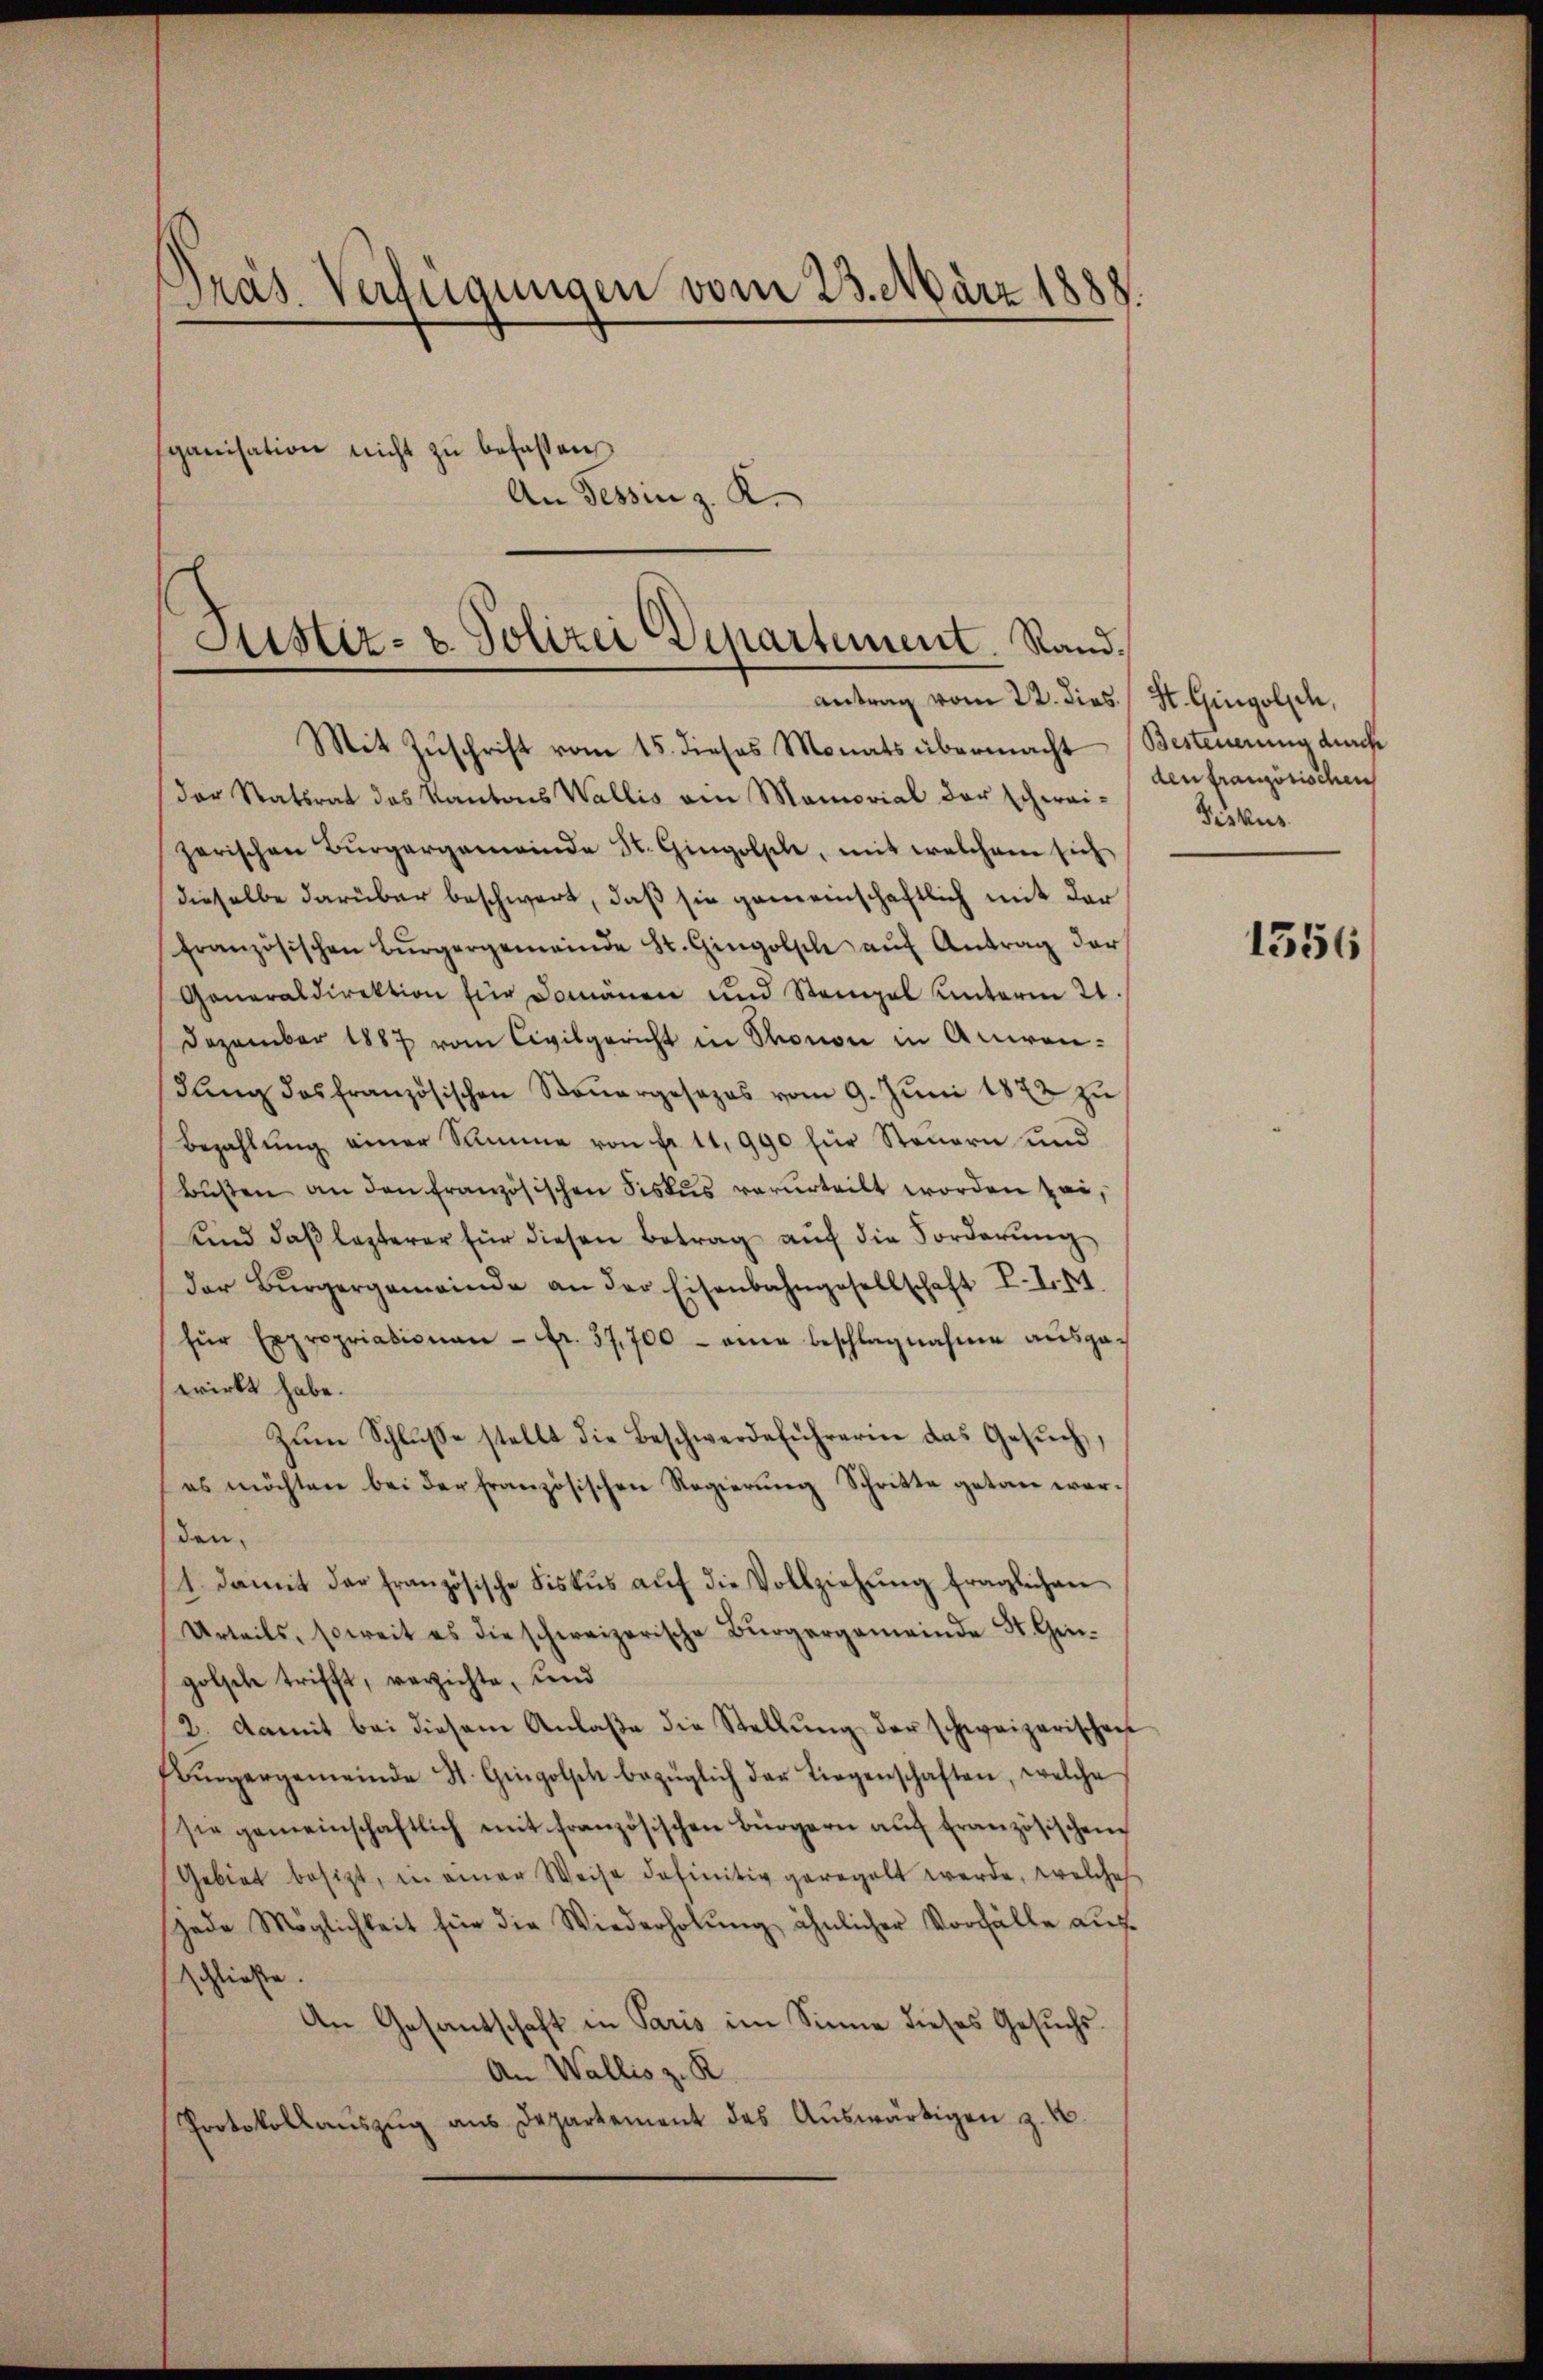
Präs. Verfügungen vom 23. März 1888.
ganisation nicht zu befassen
An Tessin z. R.

der Statsrat des Kantons Wallis am Memorial der schwei-
zerischen Bürgergemeinde St. Gingolsch, mit welchem sich
dieselbe darüber beschwert, daß sie gemeinschaftlich mit der
französischen Bürgergemeinde St. Gingolsch aŭf Antrag der
Generaldirektion für Domänen und Stangel unterm 21.
Dezember 1887 vom Civilgericht in Thonon in Anwendŭng des französischen Steŭergesezes vom 9. Jŭni 1872 zu
Bezahlŭng einer Summe von fr. 11,990 für Steuern und
bŭβen an den französischen Fiskus verurteilt worden sei,
Kind daß lezterer für diesen Betrag auf die Forderung
der Bürgergemeinde an der Eisenbahngesellschaft II 11.
für Expropriationen - Fr. 37,700 - eine beschlagnahme aŭsge-
wirkt habe.
Zŭm Schlŭsse stellt die Beschwerdeführerin das Gesŭch,
es möchten bei der französischen Regierŭng Schritte getan wer-
den.
(1. damit der französische Fiskus aŭf die Vollziehŭng fraglichen
Urteils, soweit es die schweizerische Bürgergemeinde St. Gen
golsche trifft, verzichte, und
2. Damit bei diesem Anlaße die Stellung der schweizerischen
Bürgergemeinde St. Gingolsch bezüglich der Liegenschaften, welche
sie gemeinschaftlich mit französischen Bürgern aŭf französischen
Gebiet besizt, in einer Weise definitiv geregelt werde, welches
jede Möglichkeit für die Wiederholung ähnlicher Vorfälle auf
schließe.
An Gesantschaft in Paris im Sinne dieses Gesuchs¬
An Wallis z. R.
Protokollauszug aus Departement des Aŭswärtigen z. B.

Astiz- & Polizei Departement. Rand.
antrag vom 22. dies St. Gingolich,
Mit Zŭschrift vom 15. dieses Monats übermacht (Besteuerung durch

den französischen
Fiskus

1356